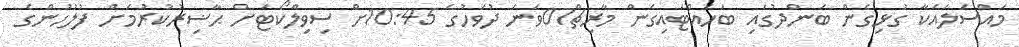
މައްސަލައަކާ ގުޅިގެން ބަންދުގައި ބަހައްޓައިގެން މާރިޗް07ވަނަ ދުވަހުގެ 10:45ށް ސިވިލްކޯޓަށް ޙާޟިރުކުރުމަށް ފުލުހުންގެ